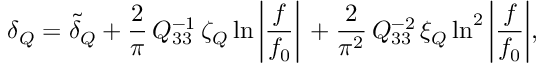
\delta _ { Q } = \tilde { \delta } _ { Q } + \frac { 2 } { \pi } \, Q _ { 3 3 } ^ { - 1 } \, \zeta _ { Q } \ln { \bigg | \frac { f } { f _ { 0 } } \bigg | } \, + \frac { 2 } { \pi ^ { 2 } } \, Q _ { 3 3 } ^ { - 2 } \, \xi _ { Q } \ln ^ { 2 } { \bigg | \frac { f } { f _ { 0 } } \bigg | } ,